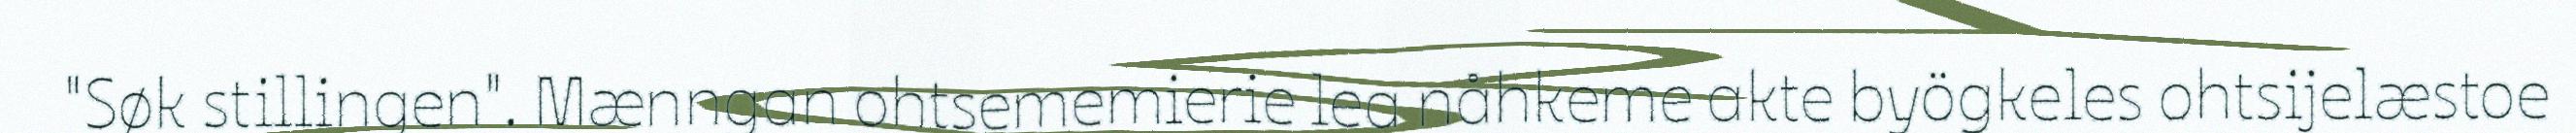
"Søk stillingen". Mænngan ohtsememierie lea nåhkeme akte byögkeles ohtsijelæstoe